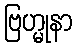
ဗြဟ္မုနာ